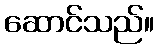
ဆောင်သည်။